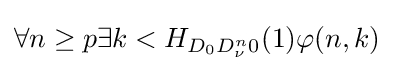
\forall n\geq p\exists k<H_{D_{0}D_{\nu }^{n}0}(1)\varphi (n,k)